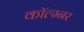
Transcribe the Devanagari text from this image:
कॉल्म्नर